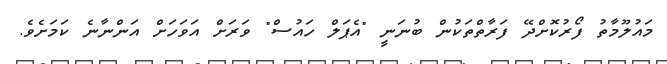
މައުލޫމާތު ފޯރުކޮށްދޭ ފަރާތްތަކުން ބުނަނީ "އެޕަލް ހައުސް" ވަރަށް އަވަހަށް އަންނާނެ ކަމަށެވެ.